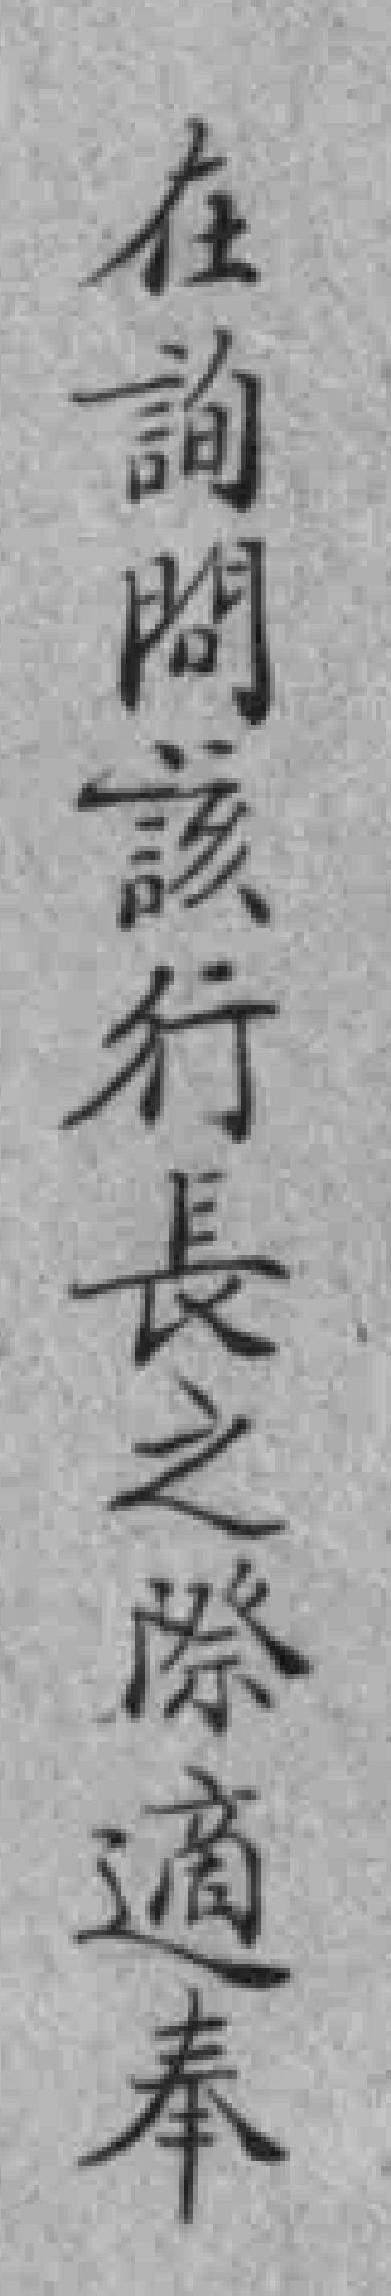
在詢問該行長之際適奉